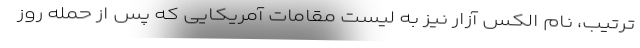
ترتیب، نام الکس آزار نیز به لیست مقامات آمریکایی که پس از حمله روز